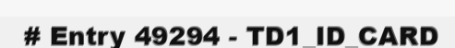
# Entry 49294 - TD1_ID_CARD